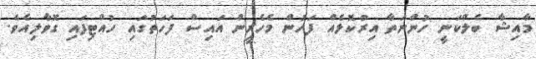
މާއިޝާ ބެލްކަނީ ހުންނަތާ އިރުކޮޅެއް ފަހުން މެހެރީން އައިސް ފަހަތުގައި ހުއްޓިފައި ގޮވާލިއެވެ.